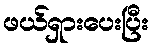
ဖယ်ရှားပေးပြီး